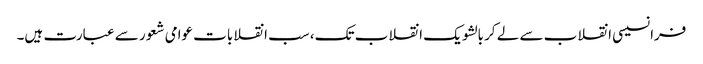
فرانسیسی انقلاب سے لے کر بالشویک انقلاب تک، سب انقلابات عوامی شعور سے عبارت ہیں۔